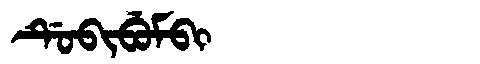
Manchu: ᡩᡠᠪᡳᠪᡠᠮᠪᡳ
Romanization: DUBIBUMBI